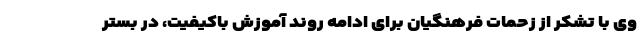
وی با تشکر از زحمات فرهنگیان برای ادامه روند آموزش باکیفیت، در بستر